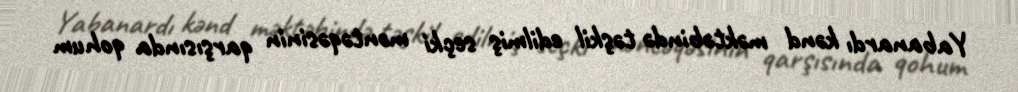
Yabanardı kənd məktəbində təşkil edilmiş seçki məntəqəsinin qarşısında qohum